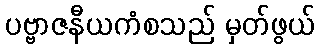
ပဗ္ဗာဇနီယကံစသည် မှတ်ဖွယ်